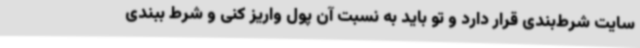
سایت شرط‌بندی قرار دارد و تو باید به نسبت آن پول واریز کنی و شرط ببندی